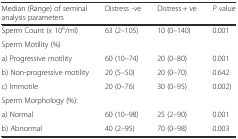
<table><thead><tr><td><b>Median (Range) of seminal analysis parameters</b></td><td><b>Distress -ve</b></td><td><b>Distress + ve</b></td><td><b><i>P</i> value</b></td></tr></thead><tbody><tr><td>Sperm Count (x 10<sup>6</sup>/ml)</td><td>63 (2–105)</td><td>10 (0–140)</td><td>0.001</td></tr><tr><td>Sperm Motility (%)</td><td></td><td></td><td></td></tr><tr><td>a) Progressive motility</td><td>60 (10–74)</td><td>20 (0–80)</td><td>0.001</td></tr><tr><td>b) Non-progressive motility</td><td>20 (5–50)</td><td>20 (0–70)</td><td>0.642</td></tr><tr><td>c) Immotile</td><td>20 (0–76)</td><td>30 (0–95)</td><td>0.002)</td></tr><tr><td>Sperm Morphology (%):</td><td></td><td></td><td></td></tr><tr><td>a) Normal</td><td>60 (10–98)</td><td>25 (2–90)</td><td>0.001</td></tr><tr><td>b) Abnormal</td><td>40 (2–95)</td><td>70 (0–98)</td><td>0.003</td></tr></tbody></table>